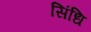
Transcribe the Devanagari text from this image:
सिंधि